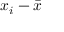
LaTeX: x _ { i } - { \bar { x } }